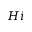
H i